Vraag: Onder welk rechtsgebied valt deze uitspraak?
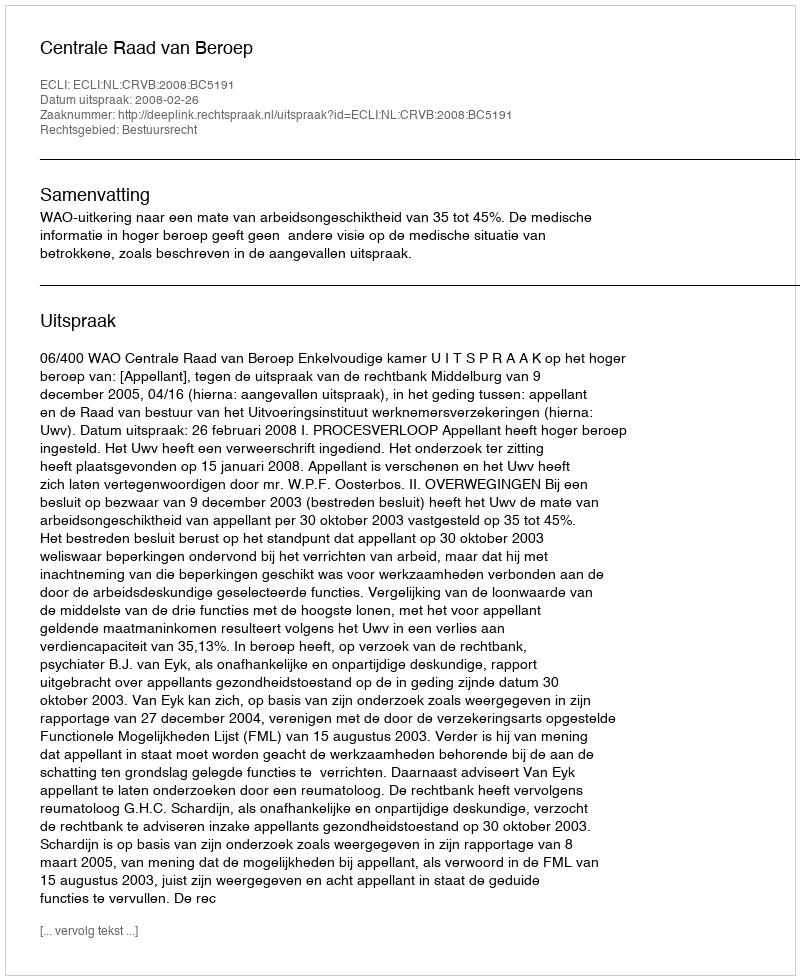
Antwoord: Bestuursrecht